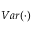
V a r ( \cdot )